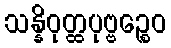
သန္နိဝုတ္ထပုဗ္ဗဉ္စေဝ